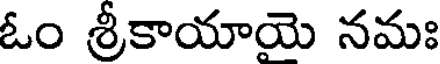
ఓం శ్రీకాయాయె నమః